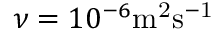
\nu = 1 0 ^ { - 6 } \mathrm { m ^ { 2 } s ^ { - 1 } }